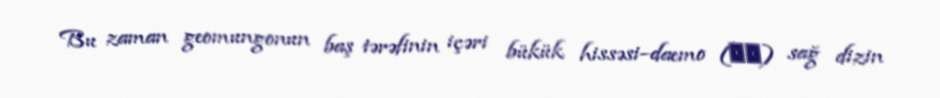
Bu zaman geomungonun baş tərəfinin içəri bükük hissəsi−daemo (대모) sağ dizin